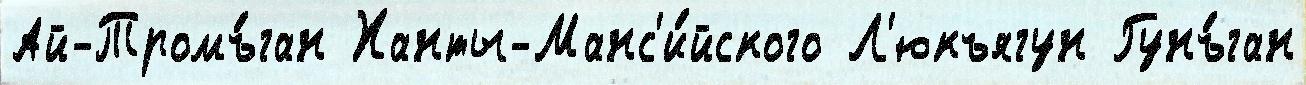
Ай-Тромъ́ган Ханты-Манс'и́йского Л'юкъягун Гунъ́ган